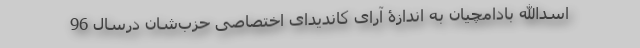
اسدالله بادامچیان به اندازۀ آرای کاندیدای اختصاصی حزب‌شان درسال 96